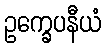
ဥက္ခေပနီယံ